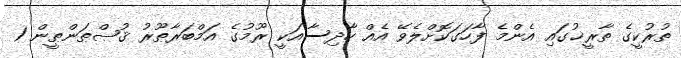
ތުރުކީގެ ތާރީޚުގައި އެންމެ ފާހަގަކޮށްލެވޭ އެއް ހާދިސާއަކީ ރޫމުގެ އަމްބަރާޠޫރު ޤުޞްޠަންޠީން 1